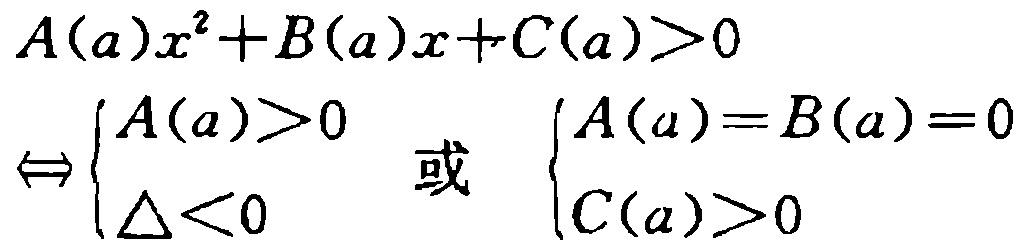
\[
\begin{align*}
A(a)x^{2}+B(a)x + C(a)&>0\\
\Leftrightarrow\begin{cases}
A(a)>0\\
\Delta<0
\end{cases}\text{ 或 }
\begin{cases}
A(a)=B(a)=0\\
C(a)>0
\end{cases}
\end{align*}
\]